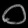
Digit: ၀